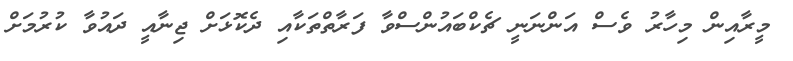
މީރާއިން މިހާރު ވެސް އަންނަނީ ޗެކްބައުންސްވާ ފަރާތްތަކާއި ދެކޮޅަށް ޖިނާއީ ދައުވާ ކުރުމަށް